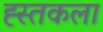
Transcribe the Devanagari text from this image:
ह्स्तकला